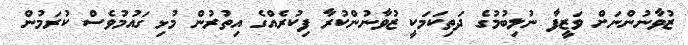
ޒުވާނުންނަށް ވަޒީފާ ނުލިބުމުގެ ދަތިކަމަކީ ޒުވާނުންކުރާ ފިކުރެއްގެ އިތުރުން މުޅި ގައުމުވެސް ކުރަމުން